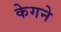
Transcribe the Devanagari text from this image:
केगने